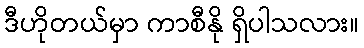
ဒီဟိုတယ်မှာ ကာစီနို ရှိပါသလား။